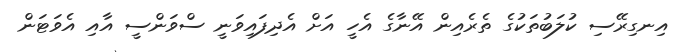
އިނގިރޭސި ކުލަބުތަކުގެ ތެރެއިން އޭނާގެ އެހީ އަށް އެދިފައިވަނީ ސްވަންސީ އާއި އެވަޓަން